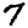
Digit: 7